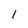
Character: I